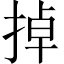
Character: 掉